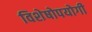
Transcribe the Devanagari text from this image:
विशेषोपयोगी